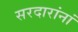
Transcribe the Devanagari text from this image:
सरदारांनां